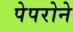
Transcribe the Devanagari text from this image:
पेपरोने